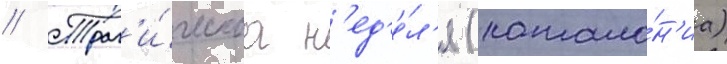
// Траг'и́ческаа н'ед'е́л'я (катало́н'иа)